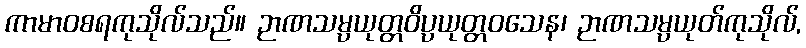
ကာမာဝစရကုသိုလ်သည်။ ဉာဏသမ္ပယုတ္တဝိပ္ပယုတ္တဝသေန၊ ဉာဏသမ္ပယုတ်ကုသိုလ်,